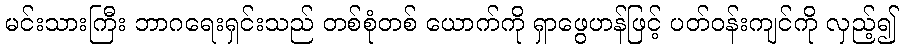
မင်းသားကြီး ဘာဂရေးရှင်းသည် တစ်စုံတစ် ယောက်ကို ရှာဖွေဟန်ဖြင့် ပတ်ဝန်းကျင်ကို လှည့်၍